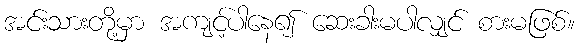
အင်းသားတို့မှာ အကျင့်ပါနေ၍ ဆေးခါးမပါလျှင် စားမဖြစ်။